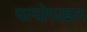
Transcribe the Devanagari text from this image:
पल्पोफाइल